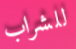
للشراب